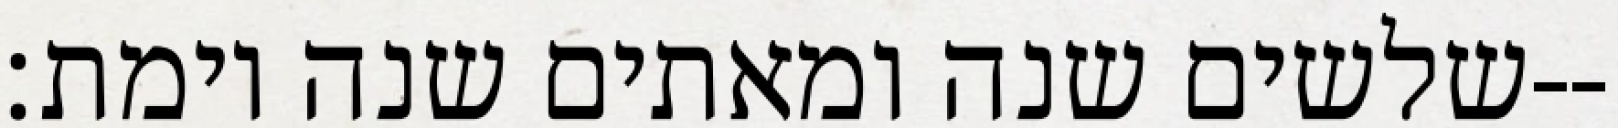
שלשים שנה ומאתים שנה וימת׃--